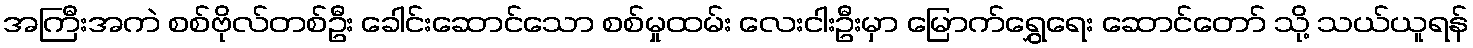
အကြီးအကဲ စစ်ဗိုလ်တစ်ဦး ခေါင်းဆောင်သော စစ်မှုထမ်း လေးငါးဦးမှာ မြောက်ရွှေရေး ဆောင်တော် သို့ သယ်ယူရန်